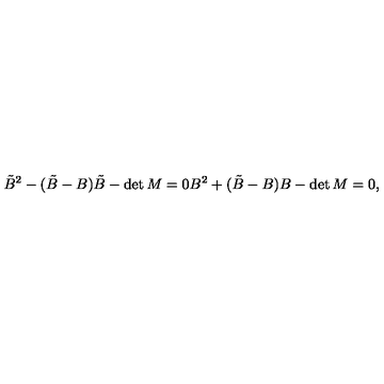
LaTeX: \tilde { B } ^ { 2 } - ( \tilde { B } - B ) \tilde { B } - \det M = 0 B ^ { 2 } + ( \tilde { B } - B ) B - \det M = 0 , \,